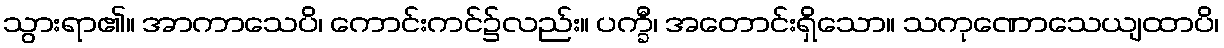
သွားရာ၏။ အာကာသေပိ၊ ကောင်းကင်၌လည်း။ ပက္ခီ၊ အတောင်းရှိသော။ သကုဏောသေယျထာပိ၊